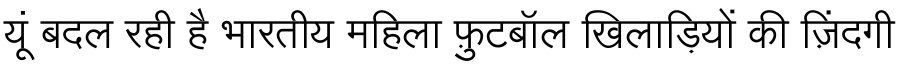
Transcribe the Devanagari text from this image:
यूं बदल रही है भारतीय महिला फ़ुटबॉल खिलाड़ियों की ज़िंदगी